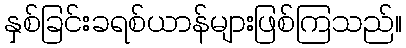
နှစ်ခြင်းခရစ်ယာန်များဖြစ်ကြသည်။